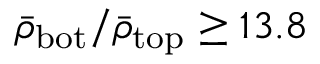
\bar { \rho } _ { \mathrm { b o t } } / \bar { \rho } _ { \mathrm { t o p } } \ge 1 3 . 8